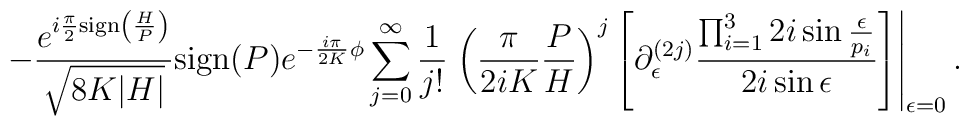
-\frac{e^{i\frac{\pi}{2}{\rm sign}\left(\frac{H}{P}\right)}}{\sqrt{8K|H|}}{\rm sign}(P)e^{-\frac{i\pi}{2K}\phi}\sum_{j=0}^{\infty}\frac{1}{j!}\left.\left(\frac{\pi}{2iK}\frac{P}{H}\right)^{j}\left[\partial_{\epsilon}^{(2j)}\frac{\prod_{i=1}^{3}2i\sin\frac{\epsilon}{p_{i}}}{2i\sin\epsilon}\right]\right|_{\epsilon=0}.